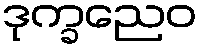
ဒုက္ခညေဝ